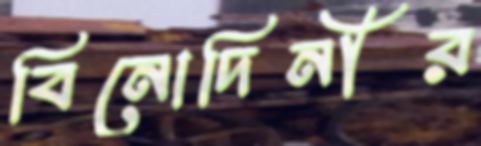
বিনোদিনীর